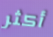
أكثر